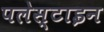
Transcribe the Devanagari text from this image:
पलेस्टाइन